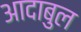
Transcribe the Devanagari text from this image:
आदाबुल